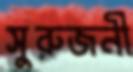
সুরুজনী